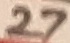
Text: 27